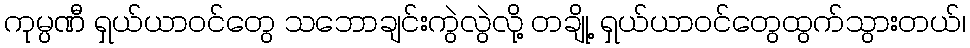
ကုမ္ပဏီ ရှယ်ယာဝင်တွေ သဘောချင်းကွဲလွဲလို့ တချို့ ရှယ်ယာဝင်တွေထွက်သွားတယ်၊